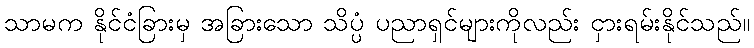
သာမက နိုင်ငံခြားမှ အခြားသော သိပ္ပံ ပညာရှင်များကိုလည်း ငှားရမ်းနိုင်သည်။